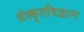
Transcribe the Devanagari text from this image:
संस्कृतविद्वान